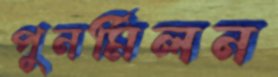
পুনর্মিলন